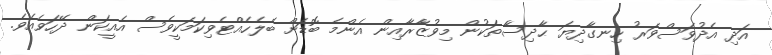
އަދި އެދުވަސްވަރު ހިނގާދިޔަ ޙާދިސާތަކުން މިވުޒާރާއިން އެންމެ ބޮޑަށް ބެލެހެއްޓެވިކަމަކީވެސް އެއީކަން ދޭހަވެއެވެ.